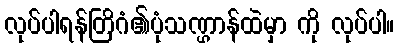
လုပ်ပါရန်တြိဂံ၏ပုံသဏ္ဌာန်ထဲမှာ ကို လုပ်ပါ။